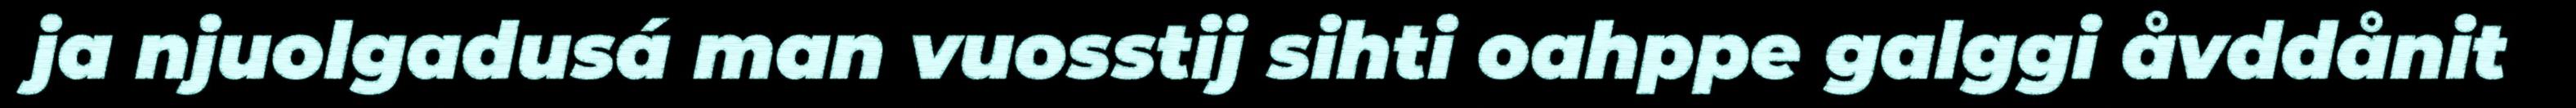
ja njuolgadusá man vuosstij sihti oahppe galggi åvddånit